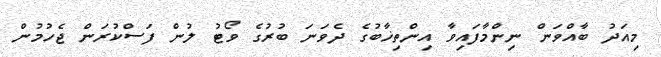
މިއަދު ބާއްވަން ނިންމާފައިވާ އިންތިޚާބުގެ ދެވަނަ ބުރުގެ ވޯޓު ލުން ފަސްކުރަން ޖެހުމުން